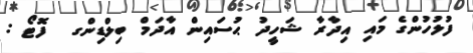
ފުލުހުންގެ މައި އިދާރާ ޝަހީދު ޙުސައިން އާދަމް ބިލްޑިންގ  ފޮޓޯ :